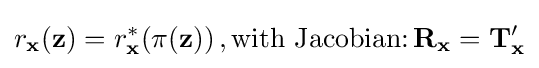
r_{\mathbf {x} }(\mathbf {z} )=r_{\mathbf {x} }^{*}(\pi (\mathbf {z} ))\,,{\text{with Jacobian:}}\,\mathbf {R_{x}} =\mathbf {T} _{\mathbf {x} }'